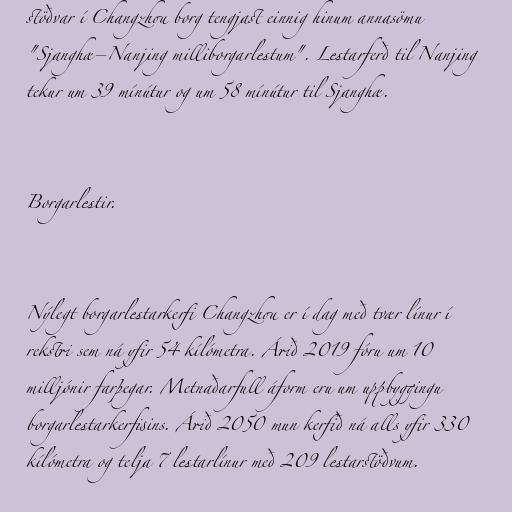
stöðvar í Changzhou borg tengjast einnig hinum annasömu
"Sjanghæ–Nanjing milliborgarlestum". Lestarferð til Nanjing
tekur um 39 mínútur og um 58 mínútur til Sjanghæ.

Borgarlestir.

Nýlegt borgarlestarkerfi Changzhou er í dag með tvær línur í
rekstri sem ná yfir 54 kílómetra. Árið 2019 fóru um 10
milljónir farþegar. Metnaðarfull áform eru um uppbyggingu
borgarlestarkerfisins. Árið 2050 mun kerfið ná alls yfir 330
kílómetra og telja 7 lestarlínur með 209 lestarstöðvum.